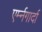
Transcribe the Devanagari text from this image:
एर्म्नगार्दा